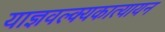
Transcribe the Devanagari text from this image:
याज्ञवल्क्यकात्यायन